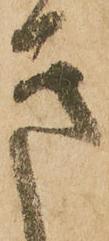
き